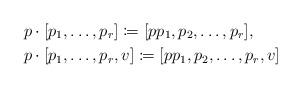
LaTeX: \begin{align*}&p \cdot [p_1, \ldots, p_r] \coloneqq [p p_1, p_2, \ldots, p_r],\\&p \cdot [p_1, \ldots, p_r, v] \coloneqq [p p_1, p_2, \ldots, p_r, v]\end{align*}